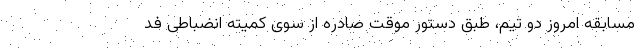
مسابقه امروز دو تیم، طبق دستور موقت صادره از سوی کمیته انضباطی فد